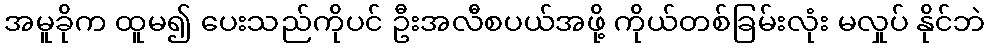
အမူခိုက ထူမ၍ ပေးသည်ကိုပင် ဦးအလီစပယ်အဖို့ ကိုယ်တစ်ခြမ်းလုံး မလှုပ် နိုင်ဘဲ